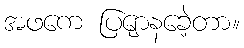
အဖကေ ပြျောနခေဲ့တာ။